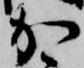
か